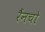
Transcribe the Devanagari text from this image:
रैंनचो